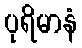
ပုရိမာနံ